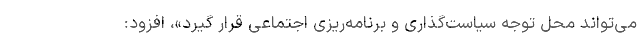
می‌تواند محل توجه سیاست‌گذاری و برنامه‌ریزی اجتماعی قرار گیرد»، افزود: